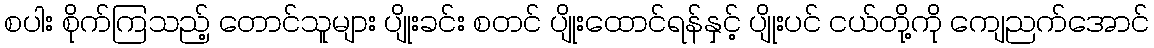
စပါး စိုက်ကြသည့် တောင်သူများ ပျိုးခင်း စတင် ပျိုးထောင်ရန်နှင့် ပျိုးပင် ငယ်တို့ကို ကျေညက်အောင်